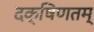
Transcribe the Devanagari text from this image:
दक्षिणतम्